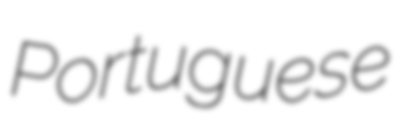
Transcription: Portuguese